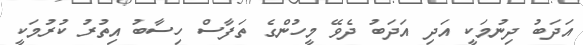
އަދަބު ދިނުމަކީ އަދި އަދަބު ދެވޭ މީހުންގެ ތަފާސް ހިސާބު އިތުރު ކުރުމަކީ